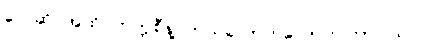
လေဆိပ်အထိ တက္ကစီနဲ့ ဘယ်လောက်လောက်ကြာပါသလဲ။